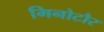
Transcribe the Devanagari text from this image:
मिनोटौर